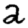
Digit: 2